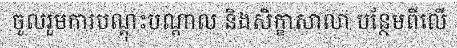
ចូលរួមការបណ្តុះបណ្តាល និងសិក្ខាសាលា បន្ថែមពីលើ